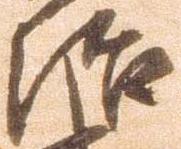
治